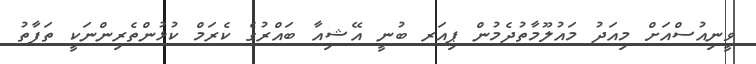
ވީނިއުސްއަށް މިއަދު މައުލޫމާތުދެމުން ޕިއަރ ބުނީ އޭޝިއާ ބައްރުގެ ކެރަމް ކުޅުންތެރިންނަކީ ތަފާތު